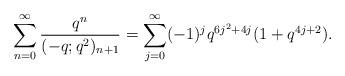
LaTeX: \begin{align*}\sum_{n=0}^{\infty} \frac{q^n}{(-q;q^2)_{n+1}} = \sum_{j=0}^{\infty} (-1)^j q^{6j^2+4j} (1+q^{4j+2}). \end{align*}